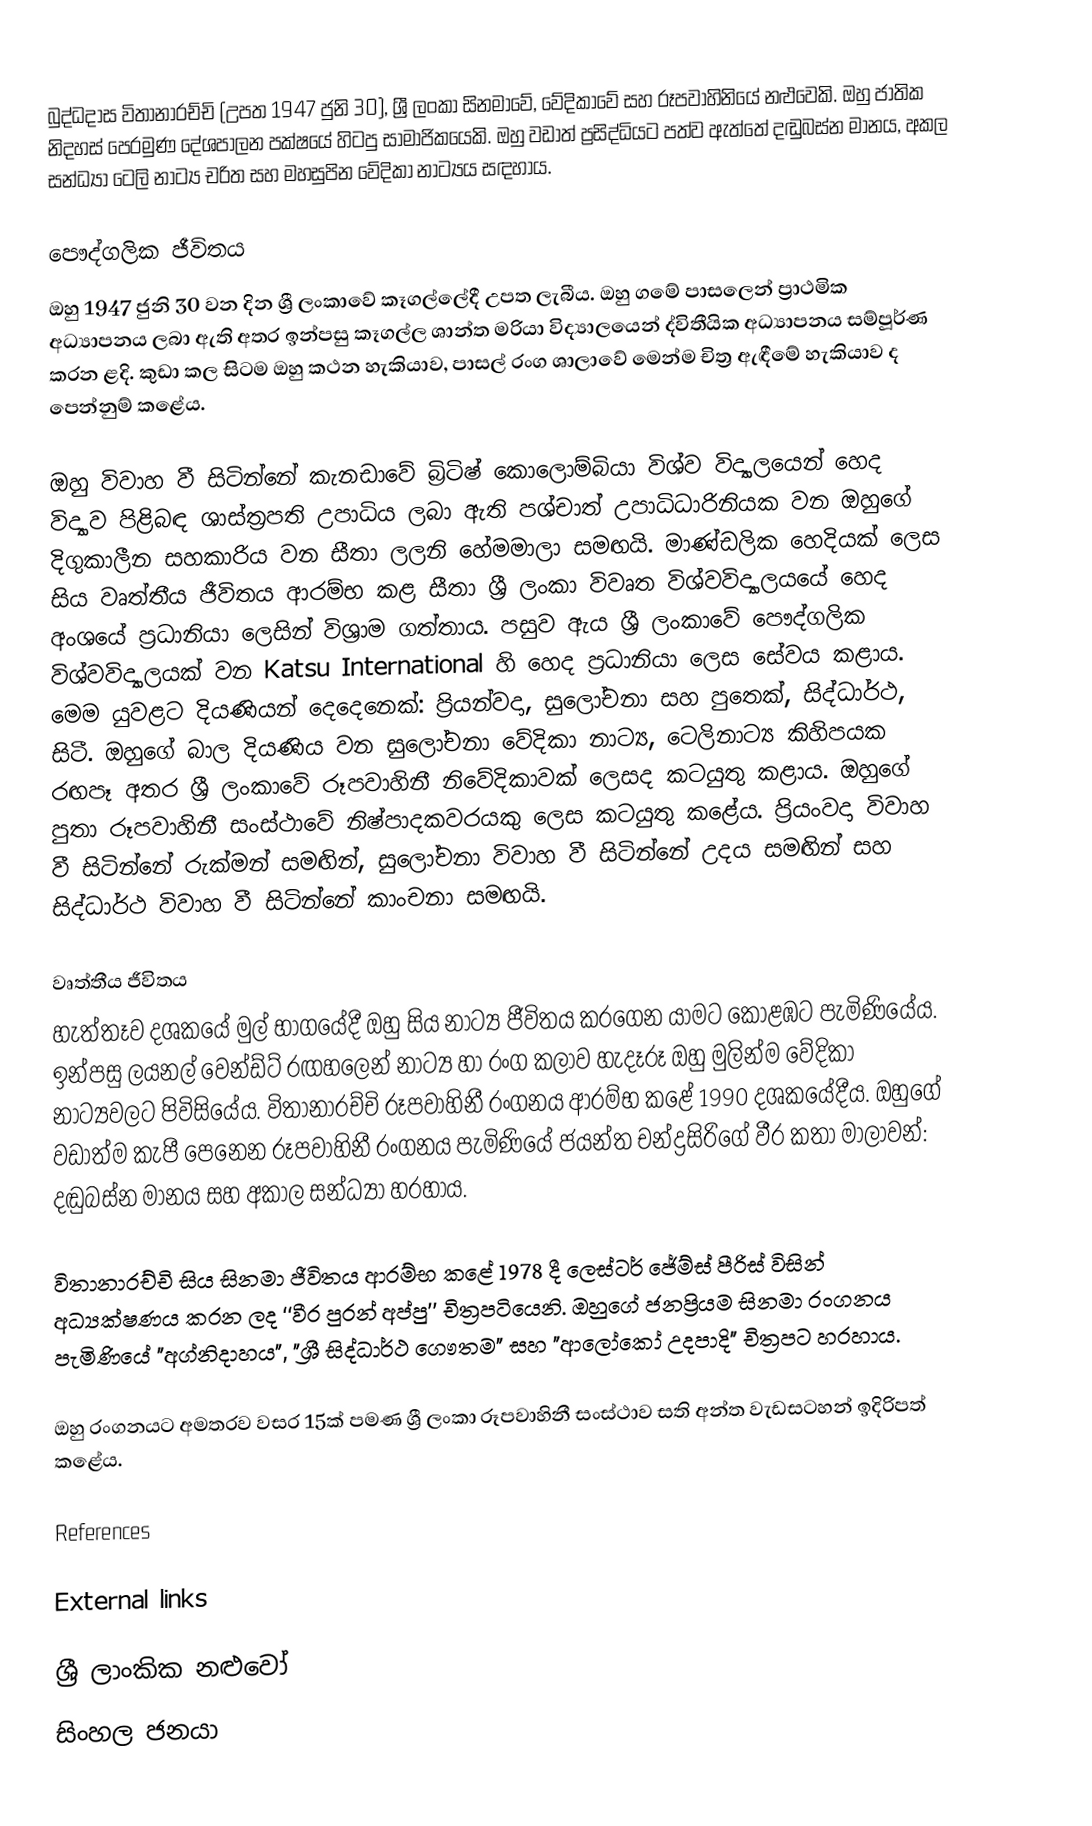
බුද්ධදාස විතානාරච්චි (උපත 1947 ජුනි 30), ශ්‍රී ලංකා සිනමාවේ, වේදිකාවේ සහ රූපවාහිනියේ නළුවෙකි. ඔහු ජාතික නිදහස් පෙරමුණ දේශපාලන පක්ෂයේ හිටපු සාමාජිකයෙකි. ඔහු වඩාත් ප්‍රසිද්ධියට පත්ව ඇත්තේ දඬුබස්න මානය, අකල සන්ධ්‍යා ටෙලි නාට්‍ය චරිත  සහ මහසුපින වේදිකා නාට්‍යය සඳහාය.

පෞද්ගලික ජීවිතය
ඔහු 1947 ජුනි 30 වන දින ශ්‍රී ලංකාවේ කෑගල්ලේදී උපත ලැබීය. ඔහු ගමේ පාසලෙන් ප්‍රාථමික අධ්‍යාපනය ලබා ඇති අතර ඉන්පසු කෑගල්ල ශාන්ත මරියා විද්‍යාලයෙන් ද්විතීයික අධ්‍යාපනය සම්පූර්ණ කරන ළදි. කුඩා කල සිටම ඔහු කථන හැකියාව, පාසල් රංග ශාලාවේ මෙන්ම චිත්‍ර ඇඳීමේ හැකියාව ද පෙන්නුම් කළේය.

ඔහු විවාහ වී සිටින්නේ කැනඩාවේ බ්‍රිටිෂ් කොලොම්බියා විශ්ව විද්‍යාලයෙන් හෙද විද්‍යාව පිළිබඳ ශාස්ත්‍රපති උපාධිය ලබා ඇති පශ්චාත් උපාධිධාරිනියක වන ඔහුගේ දිගුකාලීන සහකාරිය වන සීතා ලලනි හේමමාලා සමඟයි. මාණ්ඩලික හෙදියක් ලෙස සිය වෘත්තීය ජීවිතය ආරම්භ කළ සීතා ශ්‍රී ලංකා විවෘත විශ්වවිද්‍යාලයයේ හෙද අංශයේ ප්‍රධානියා ලෙසින් විශ්‍රාම ගත්තාය. පසුව ඇය ශ්‍රී ලංකාවේ පෞද්ගලික විශ්වවිද්‍යාලයක් වන Katsu International හි හෙද ප්‍රධානියා ලෙස සේවය කළාය. මෙම යුවළට දියණියන් දෙදෙනෙක්: ප්‍රියන්වදා, සුලෝචනා සහ පුතෙක්, සිද්ධාර්ථ, සිටී. ඔහුගේ බාල දියණිය වන සුලෝචනා වේදිකා නාට්‍ය, ටෙලිනාට්‍ය කිහිපයක රඟපෑ අතර ශ්‍රී ලංකාවේ රූපවාහිනී නිවේදිකාවක් ලෙසද කටයුතු කළාය. ඔහුගේ පුතා රූපවාහිනී සංස්ථාවේ නිෂ්පාදකවරයකු ලෙස කටයුතු කළේය. ප්‍රියංවදා විවාහ වී සිටින්නේ රුක්මන් සමඟින්, සුලෝචනා විවාහ වී සිටින්නේ උදය සමඟින් සහ සිද්ධාර්ථ විවාහ වී සිටින්නේ කාංචනා සමඟයි.

වෘත්තීය ජීවිතය
හැත්තෑව දශකයේ මුල් භාගයේදී ඔහු සිය නාට්‍ය ජීවිතය කරගෙන යාමට කොළඹට පැමිණියේය. ඉන්පසු ලයනල් වෙන්ඩ්ට් රඟහලෙන් නාට්‍ය හා රංග කලාව හැදෑරූ ඔහු මුලින්ම වේදිකා නාට්‍යවලට පිවිසියේය. විතානාරච්චි රූපවාහිනී රංගනය ආරම්භ කළේ 1990 දශකයේදීය. ඔහුගේ වඩාත්ම කැපී පෙනෙන රූපවාහිනී රංගනය පැමිණියේ ජයන්ත චන්ද්‍රසිරිගේ වීර කතා මාලාවන්: දඬුබස්න මානය සහ අකාල සන්ධ්‍යා හරහාය.

විතානාරච්චි සිය සිනමා ජීවිතය ආරම්භ කළේ 1978 දී ලෙස්ටර් ජේම්ස් පීරිස් විසින් අධ්‍යක්ෂණය කරන ලද ‘‘වීර පුරන් අප්පු’’ චිත්‍රපටියෙනි. ඔහුගේ ජනප්‍රියම සිනමා රංගනය පැමිණියේ "අග්නිදාහය", "ශ්‍රී සිද්ධාර්ථ ගෞතම" සහ "ආලෝකෝ උදපාදි" චිත්‍රපට හරහාය.

ඔහු රංගනයට අමතරව වසර 15ක් පමණ ශ්‍රී ලංකා රූපවාහිනී සංස්ථාව සති අන්ත වැඩසටහන් ඉදිරිපත් කළේය.

References

External links

ශ්‍රී ලාංකික නළුවෝ
සිංහල ජනයා